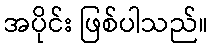
အပိုင်း ဖြစ်ပါသည်။